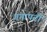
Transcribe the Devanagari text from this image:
गंगापदी